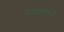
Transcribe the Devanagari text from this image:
नैनोटेक्नालोजी